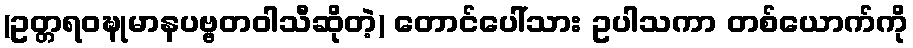
(ဥတ္တရဝဍ္ဎုမာနပဗ္ဗတဝါသီဆိုတဲ့) တောင်ပေါ်သား ဥပါသကာ တစ်ယောက်ကို